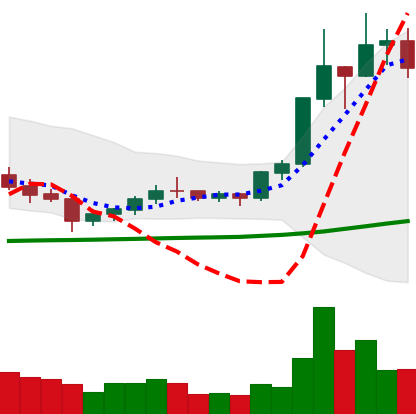
Ticker: XLM-USD
Chart end date: 2020-07-13
Forward return: 11.518%
Label: up_7plus